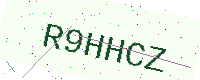
Text: R9HHCZ